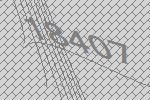
18407